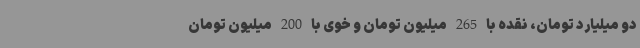
دو میلیارد تومان، نقده با 265 میلیون تومان و خوی با 200 میلیون تومان